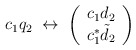
\begin{align*}c_{1} q_{2} \; \leftrightarrow \; \left( \begin{array}{c} c_{1}d_{2} \\c_{1}^{*}\tilde{d}_{2} \end{array} \right)\end{align*}